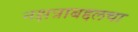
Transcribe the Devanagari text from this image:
नक्षत्राबद्दलचा